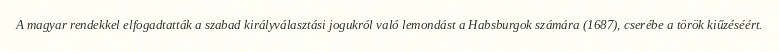
A magyar rendekkel elfogadtatták a szabad királyválasztási jogukról való lemondást a Habsburgok számára (1687), cserébe a török kiűzéséért.